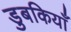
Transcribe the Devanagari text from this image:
डुबकियाँ